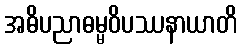
အဓိပညာဓမ္မဝိပဿနာယာတိ